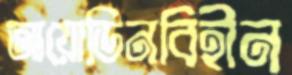
আয়োডিনবিহীন